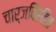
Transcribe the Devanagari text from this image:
चार्जविरहित